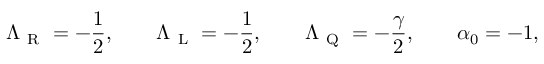
\Lambda _ { \mathrm { ~ R ~ } } = - \frac { 1 } { 2 } , \qquad \Lambda _ { \mathrm { ~ L ~ } } = - \frac { 1 } { 2 } , \qquad \Lambda _ { \mathrm { ~ Q ~ } } = - \frac { \gamma } { 2 } , \qquad \alpha _ { 0 } = - 1 ,